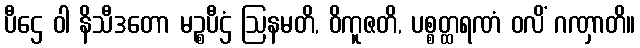
ပီဌေ ဝါ နိသီဒတော မဉ္စပီဌံ ဩနမတိ, ဝိကူဇတိ, ပစ္စတ္ထရဏံ ဝလိံ ဂဏှာတိ။